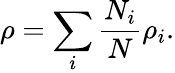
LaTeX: \rho=\sum_{i}\frac{N_{i}}{N}\rho_{i}.